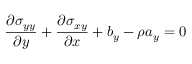
\frac { \partial \sigma _ { y y } } { \partial y } + \frac { \partial \sigma _ { x y } } { \partial x } + b _ { y } - \rho a _ { y } = 0